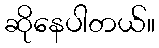
ဆိုနေပါတယ်။